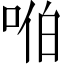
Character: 𪡈